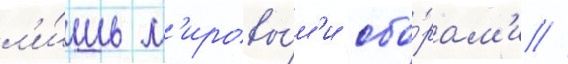
л'и́шь м'ировы́м'и сбо́рам'и //